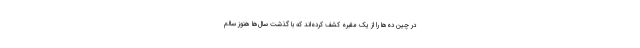
در چین ده‌ها را از یک مقبره کشف کرده‌اند که با گذشت سال‌ها هنوز سالم